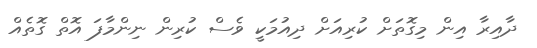
ދާއިރާ އިން މިގޮތަށް ކުރިއަށް ދިއުމަކީ ވެސް ކުރިން ނިންމާފަ އޮތް ގޮތެއް